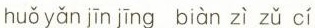
huǒ yǎn jīn jīng biàn zì zǔ cí